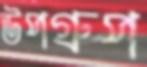
উপগ্রুপ